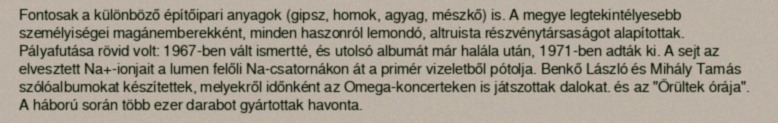
Fontosak a különböző építőipari anyagok (gipsz, homok, agyag, mészkő) is. A megye legtekintélyesebb személyiségei magánemberekként, minden haszonról lemondó, altruista részvénytársaságot alapítottak. Pályafutása rövid volt: 1967-ben vált ismertté, és utolsó albumát már halála után, 1971-ben adták ki. A sejt az elvesztett Na+-ionjait a lumen felőli Na-csatornákon át a primér vizeletből pótolja. Benkő László és Mihály Tamás szólóalbumokat készítettek, melyekről időnként az Omega-koncerteken is játszottak dalokat. és az "Őrültek órája". A háború során több ezer darabot gyártottak havonta.